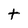
Character: t